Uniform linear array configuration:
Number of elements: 32
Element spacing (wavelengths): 0.75
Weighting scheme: kaiser
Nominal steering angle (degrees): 45
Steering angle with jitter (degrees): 46.845
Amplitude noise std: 0.05
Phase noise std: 0.05

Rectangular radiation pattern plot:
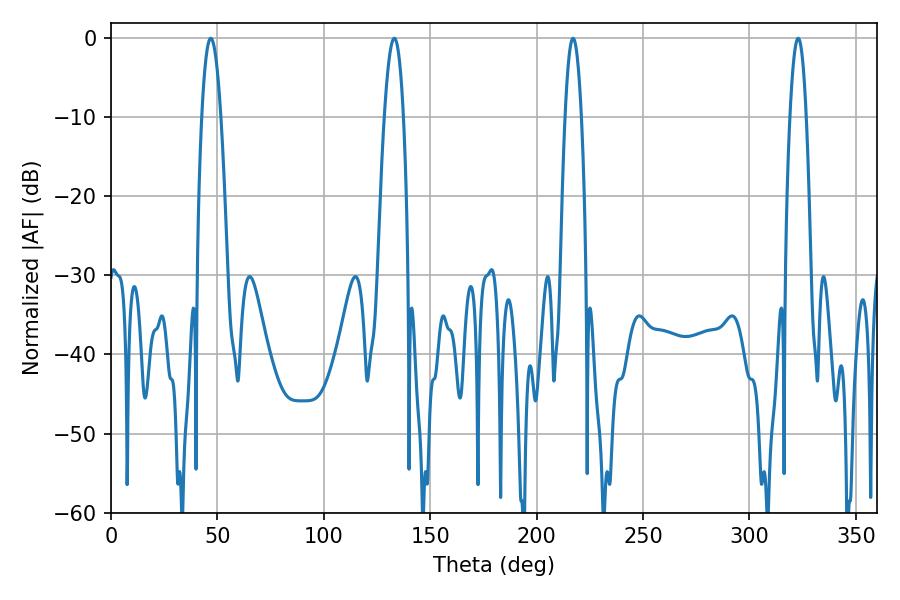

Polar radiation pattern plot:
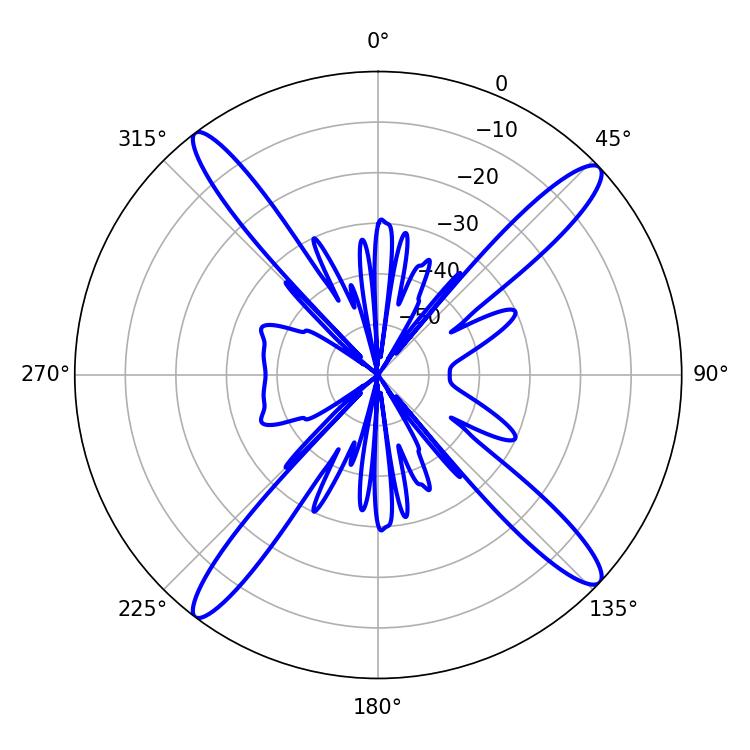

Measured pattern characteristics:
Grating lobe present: TRUE
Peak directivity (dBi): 16.964
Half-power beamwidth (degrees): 4.14
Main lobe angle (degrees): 217.08